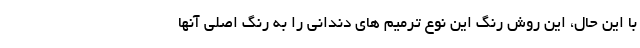
با این حال، این روش رنگ این نوع ترمیم های دندانی را به رنگ اصلی آنها